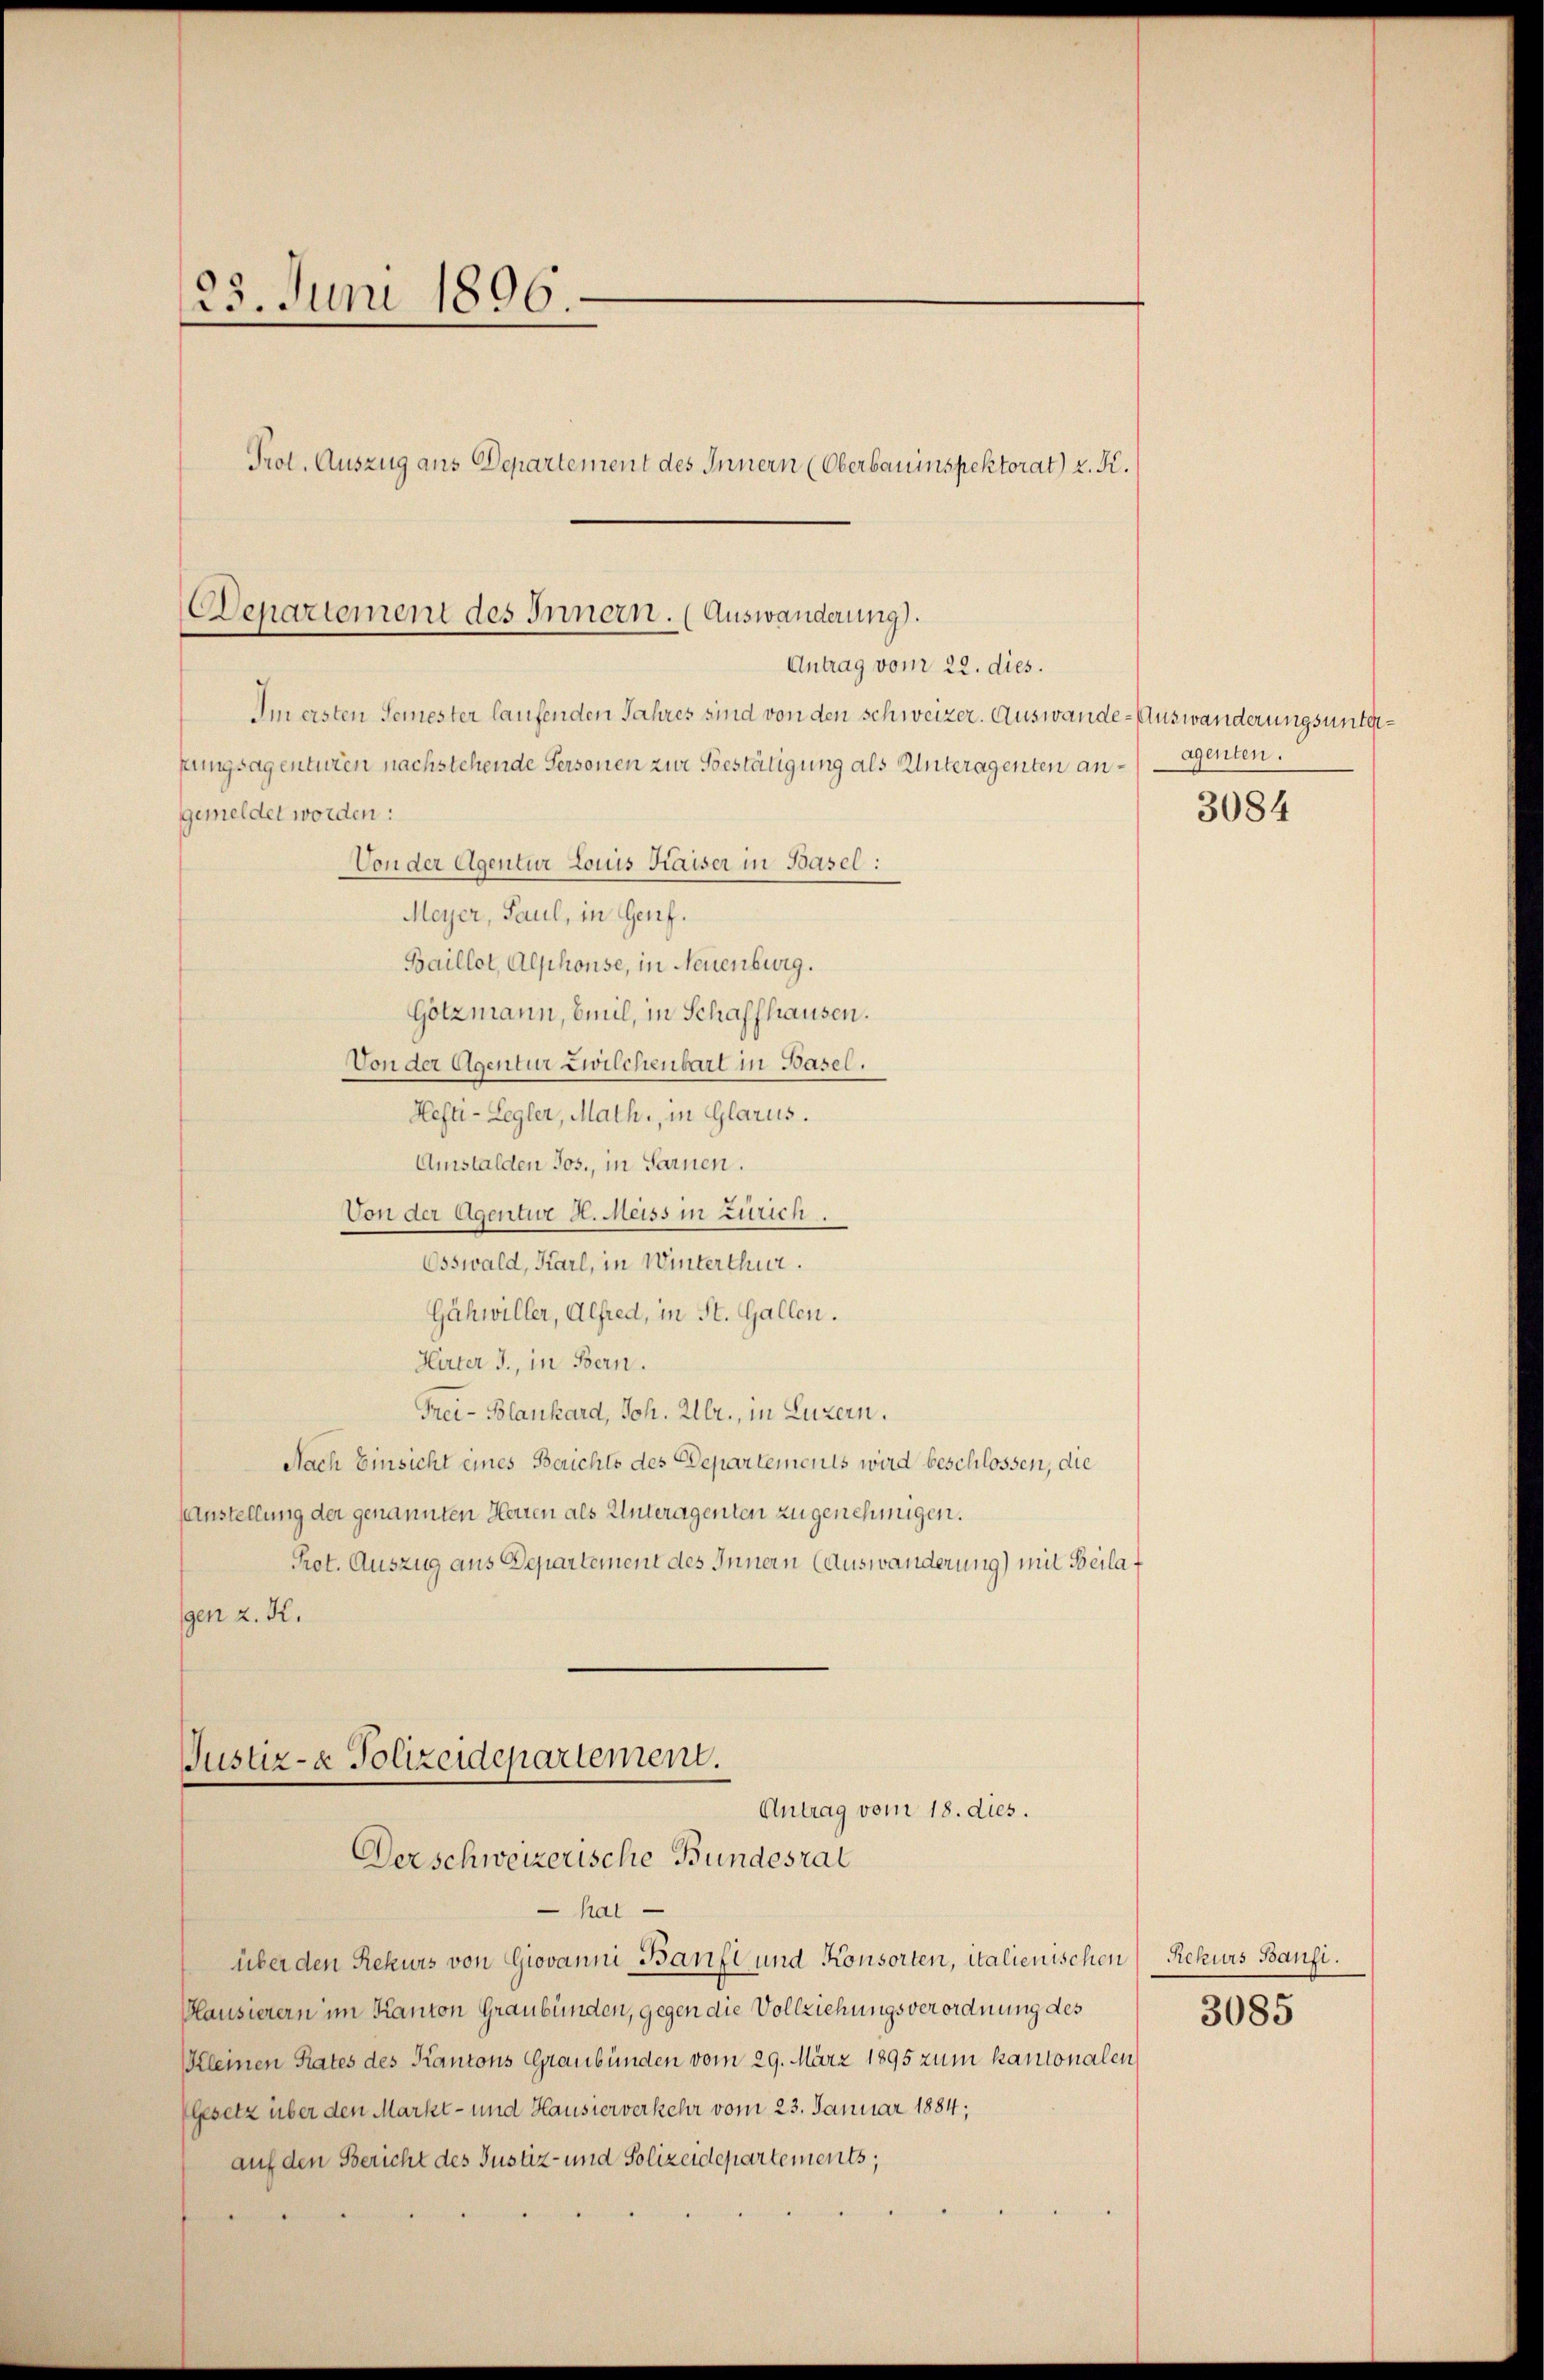
25. Juni 1896
Prot. Auszug aus Departement des Innern (Oberbauinspektorat) z. K.

Im ersten Semester laufenden Jahres sind von den schweizer. Auswande-Auswanderungsunterfungsagenturen nachstehende Personen zur Bestätigung als Unteragenten anagenten.
gemeldet worden:
Von der Agentur Louis Kaiser in Basel:
Meyer, Paul, in Genf.
Baillot, Alphonse, in Neuenburg.
Götzmann, beil, in Schaffhausen.
Von der Agentur Zwilchenbart in Basel.
Hefti-Legler, Math., in Glarus.
Amstalden Jos., in Sarnen.
Von der Agentur H. Meiss in Zürich.
Osswald, Karl, in Winterthur.
Gähwiller, Alfred, in St. Gallen.
Hirter J., in Bern.
Frei- Blankard, Joh. Ullr., in Luzern.
Nach Einsicht eines Berichte des Departements wird beschlossen, die
Austellung der genannten Herren als Unteragenten zu genehmigen.
Prot. Auszug aus Departement des Innern (Auswanderung) mit Beilagen z. K.

Departement des Innern. (Auswanderung).
Antrag vom 22. dies.

hal
über den Rekurs von Giovanni Banft und Konsorten, italienischen Rekurs Bansi.
Klausierern im Kanton Graubünden, gegen die Vollziehungsverordnung des
Kleinen Rates des Kantons Graubünden vom 29. März 1895 zum kantonalen
Gesetz über den Markt- und Hausirverkehr vom 23. Januar 1884,
auf den Bericht des Justiz- und Polizeidepartements;

Justiz- & Polizeidepartement.
Antrag vom 18. dies.
Derschweizerische Bundesrat

3084

3085